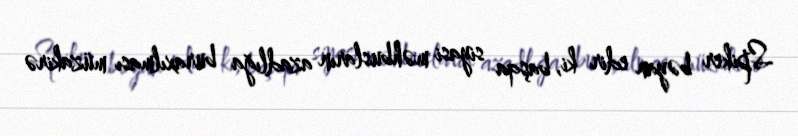
Spiker bəyan edir ki, başqa siyasi məhbusların azadlığa buraxılması müzakirə